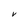
Character: V